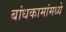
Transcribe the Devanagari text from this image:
बांधकामांमध्ये